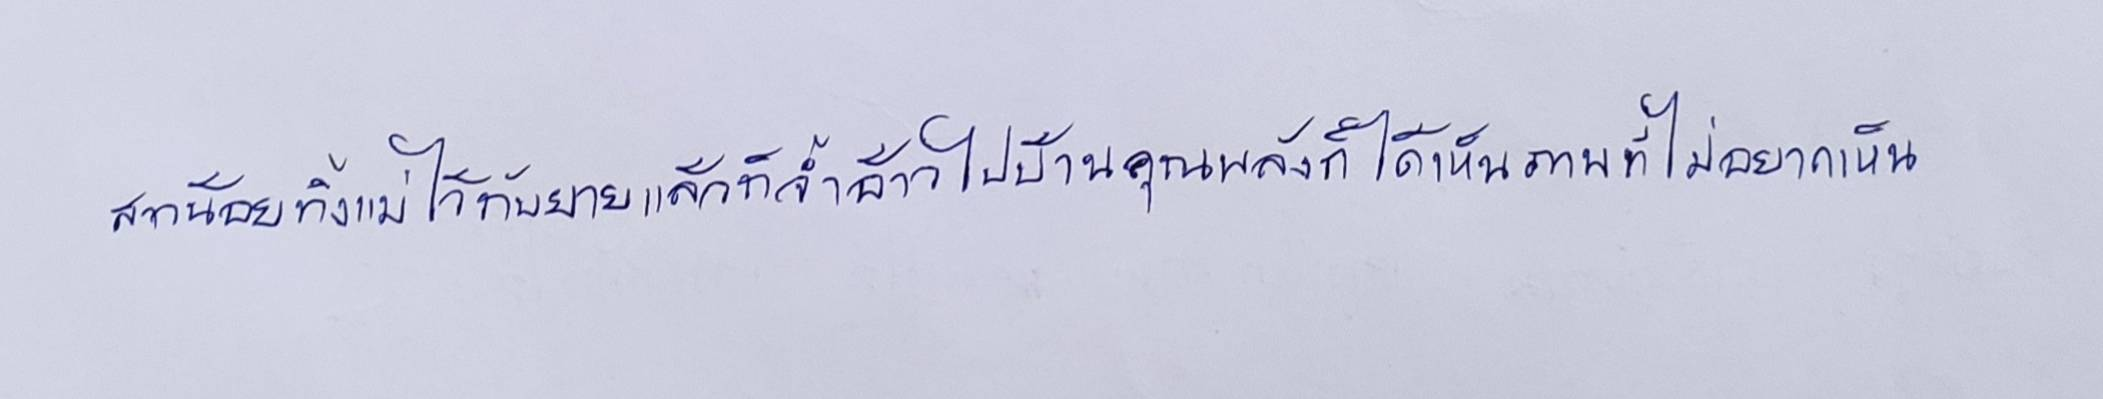
สาวน้อยทิ้งแม่ไว้กับยายแล้วก็จ้ำอ้าวไปบ้านคุณพลังก็ได้เห็นภาพที่ไม่อยากเห็น